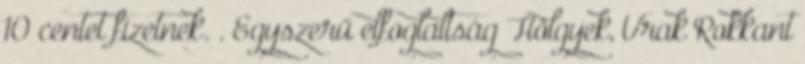
10 centet fizetnek. . Egyszerű elfoglaltság Hölgyek, Urak Rokkant